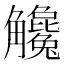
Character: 𧥓